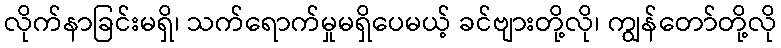
လိုက်နာခြင်းမရှိ၊ သက်ရောက်မှုမရှိပေမယ့် ခင်ဗျားတို့လို၊ ကျွန်တော်တို့လို